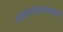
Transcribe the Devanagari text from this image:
अज्ञातवासामधे